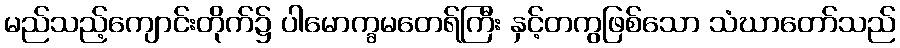
မည်သည့်ကျောင်းတိုက်၌ ပါမောက္ခမတေရ်ကြီး နှင့်တကွဖြစ်သော သံဃာတော်သည်